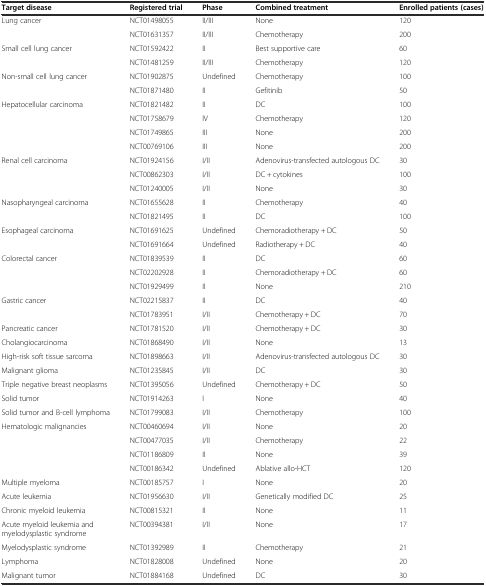
<table><thead><tr><td><b>Target disease</b></td><td><b>Registered trial</b></td><td><b>Phase</b></td><td><b>Combined treatment</b></td><td><b>Enrolled patients (cases)</b></td></tr></thead><tbody><tr><td rowspan="2">Lung cancer</td><td>NCT01498055</td><td>II/III</td><td>None</td><td>120</td></tr><tr><td>NCT01631357</td><td>II/III</td><td>Chemotherapy</td><td>200</td></tr><tr><td rowspan="2">Small cell lung cancer</td><td>NCT01592422</td><td>II</td><td>Best supportive care</td><td>60</td></tr><tr><td>NCT01481259</td><td>II/III</td><td>Chemotherapy</td><td>120</td></tr><tr><td rowspan="2">Non-small cell lung cancer</td><td>NCT01902875</td><td>Undefined</td><td>Chemotherapy</td><td>100</td></tr><tr><td>NCT01871480</td><td>II</td><td>Gefitinib</td><td>50</td></tr><tr><td rowspan="4">Hepatocellular carcinoma</td><td>NCT01821482</td><td>II</td><td>DC</td><td>100</td></tr><tr><td>NCT01758679</td><td>IV</td><td>Chemotherapy</td><td>120</td></tr><tr><td>NCT01749865</td><td>III</td><td>None</td><td>200</td></tr><tr><td>NCT00769106</td><td>III</td><td>None</td><td>200</td></tr><tr><td rowspan="3">Renal cell carcinoma</td><td>NCT01924156</td><td>I/II</td><td>Adenovirus-transfected autologous DC</td><td>30</td></tr><tr><td>NCT00862303</td><td>I/II</td><td>DC + cytokines</td><td>100</td></tr><tr><td>NCT01240005</td><td>I/II</td><td>None</td><td>30</td></tr><tr><td rowspan="2">Nasopharyngeal carcinoma</td><td>NCT01655628</td><td>II</td><td>Chemotherapy</td><td>40</td></tr><tr><td>NCT01821495</td><td>II</td><td>DC</td><td>100</td></tr><tr><td rowspan="2">Esophageal carcinoma</td><td>NCT01691625</td><td>Undefined</td><td>Chemoradiotherapy + DC</td><td>50</td></tr><tr><td>NCT01691664</td><td>Undefined</td><td>Radiotherapy + DC</td><td>40</td></tr><tr><td rowspan="3">Colorectal cancer</td><td>NCT01839539</td><td>II</td><td>DC</td><td>60</td></tr><tr><td>NCT02202928</td><td>II</td><td>Chemoradiotherapy + DC</td><td>60</td></tr><tr><td>NCT01929499</td><td>II</td><td>None</td><td>210</td></tr><tr><td rowspan="2">Gastric cancer</td><td>NCT02215837</td><td>II</td><td>DC</td><td>40</td></tr><tr><td>NCT01783951</td><td>I/II</td><td>Chemotherapy + DC</td><td>70</td></tr><tr><td>Pancreatic cancer</td><td>NCT01781520</td><td>I/II</td><td>Chemotherapy + DC</td><td>30</td></tr><tr><td>Cholangiocarcinoma</td><td>NCT01868490</td><td>I/II</td><td>None</td><td>13</td></tr><tr><td>High-risk soft tissue sarcoma</td><td>NCT01898663</td><td>I/II</td><td>Adenovirus-transfected autologous DC</td><td>30</td></tr><tr><td>Malignant glioma</td><td>NCT01235845</td><td>I/II</td><td>DC</td><td>30</td></tr><tr><td>Triple negative breast neoplasms</td><td>NCT01395056</td><td>Undefined</td><td>Chemotherapy + DC</td><td>50</td></tr><tr><td>Solid tumor</td><td>NCT01914263</td><td>I</td><td>None</td><td>40</td></tr><tr><td>Solid tumor and B-cell lymphoma</td><td>NCT01799083</td><td>I/II</td><td>Chemotherapy</td><td>100</td></tr><tr><td rowspan="4">Hematologic malignancies</td><td>NCT00460694</td><td>I/II</td><td>None</td><td>20</td></tr><tr><td>NCT00477035</td><td>I/II</td><td>Chemotherapy</td><td>22</td></tr><tr><td>NCT01186809</td><td>II</td><td>None</td><td>39</td></tr><tr><td>NCT00186342</td><td>Undefined</td><td>Ablative allo-HCT</td><td>120</td></tr><tr><td>Multiple myeloma</td><td>NCT00185757</td><td>I</td><td>None</td><td>20</td></tr><tr><td>Acute leukemia</td><td>NCT01956630</td><td>I/II</td><td>Genetically modified DC</td><td>25</td></tr><tr><td>Chronic myeloid leukemia</td><td>NCT00815321</td><td>II</td><td>None</td><td>11</td></tr><tr><td>Acute myeloid leukemia and myelodysplastic syndrome</td><td>NCT00394381</td><td>I/II</td><td>None</td><td>17</td></tr><tr><td>Myelodysplastic syndrome</td><td>NCT01392989</td><td>II</td><td>Chemotherapy</td><td>21</td></tr><tr><td>Lymphoma</td><td>NCT01828008</td><td>Undefined</td><td>None</td><td>20</td></tr><tr><td>Malignant tumor</td><td>NCT01884168</td><td>Undefined</td><td>DC</td><td>30</td></tr></tbody></table>